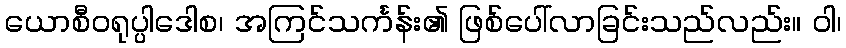
ယောစီဝရုပ္ပါဒေါစ၊ အကြင်သင်္ကန်း၏ ဖြစ်ပေါ်လာခြင်းသည်လည်း။ ဝါ၊